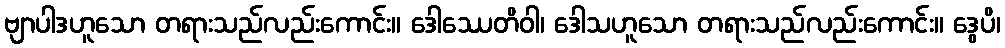
ဗျာပါဒဟူသော တရားသည်လည်းကောင်း။ ဒေါဿေတိဝါ၊ ဒေါသဟူသော တရားသည်လည်းကောင်း။ ဒွေပိ၊